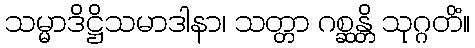
သမ္မာဒိဋ္ဌိသမာဒါနာ၊ သတ္တာ ဂစ္ဆန္တိ သုဂ္ဂတိံ။